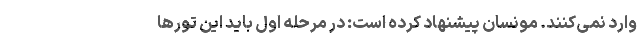
وارد نمی‌کنند. مونسان پیشنهاد کرده است: در مرحله اول باید این تورها